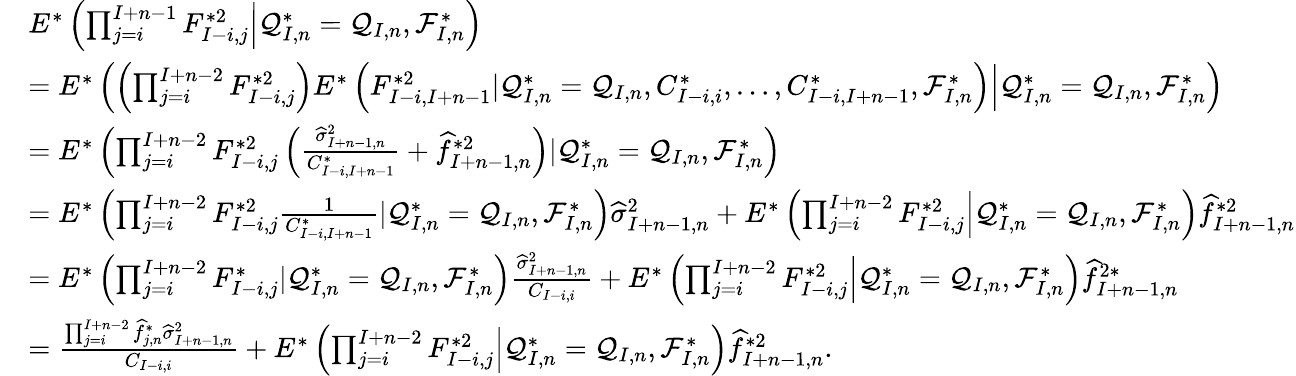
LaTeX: \begin{array}{rl}&{E^{*}\left(\prod_{j=i}^{I+n-1}F_{I-i,j}^{*2}\Big|\mathcal{Q}_{I,n}^{*}=\mathcal{Q}_{I,n},\mathcal{F}_{I,n}^{*}\right)}\\ &{=E^{*}\left(\left(\prod_{j=i}^{I+n-2}F_{I-i,j}^{*2}\right)E^{*}\left(F_{I-i,I+n-1}^{*2}|\mathcal{Q}_{I,n}^{*}=\mathcal{Q}_{I,n},C_{I-i,i}^{*},\ldots,C_{I-i,I+n-1}^{*},\mathcal{F}_{I,n}^{*}\right)\Big|\mathcal{Q}_{I,n}^{*}=\mathcal{Q}_{I,n},\mathcal{F}_{I,n}^{*}\right)}\\ &{=E^{*}\left(\prod_{j=i}^{I+n-2}F_{I-i,j}^{*2}\left(\frac{\widehat\sigma_{I+n-1,n}^{2}}{C_{I-i,I+n-1}^{*}}+\widehat f_{I+n-1,n}^{*2}\right)|\mathcal{Q}_{I,n}^{*}=\mathcal{Q}_{I,n},\mathcal{F}_{I,n}^{*}\right)}\\ &{=E^{*}\left(\prod_{j=i}^{I+n-2}F_{I-i,j}^{*2}\frac{1}{C_{I-i,I+n-1}^{*}}|\mathcal{Q}_{I,n}^{*}=\mathcal{Q}_{I,n},\mathcal{F}_{I,n}^{*}\right)\widehat\sigma_{I+n-1,n}^{2}+E^{*}\left(\prod_{j=i}^{I+n-2}F_{I-i,j}^{*2}\Big|\mathcal{Q}_{I,n}^{*}=\mathcal{Q}_{I,n},\mathcal{F}_{I,n}^{*}\right)\widehat f_{I+n-1,n}^{*2}}\\ &{=E^{*}\left(\prod_{j=i}^{I+n-2}F_{I-i,j}^{*}|\mathcal{Q}_{I,n}^{*}=\mathcal{Q}_{I,n},\mathcal{F}_{I,n}^{*}\right)\frac{\widehat\sigma_{I+n-1,n}^{2}}{C_{I-i,i}}+E^{*}\left(\prod_{j=i}^{I+n-2}F_{I-i,j}^{*2}\Big|\mathcal{Q}_{I,n}^{*}=\mathcal{Q}_{I,n},\mathcal{F}_{I,n}^{*}\right)\widehat f_{I+n-1,n}^{2*}}\\ &{=\frac{\prod_{j=i}^{I+n-2}\widehat f_{j,n}^{*}\widehat\sigma_{I+n-1,n}^{2}}{C_{I-i,i}}+E^{*}\left(\prod_{j=i}^{I+n-2}F_{I-i,j}^{*2}\Big|\mathcal{Q}_{I,n}^{*}=\mathcal{Q}_{I,n},\mathcal{F}_{I,n}^{*}\right)\widehat f_{I+n-1,n}^{*2}.}\end{array}